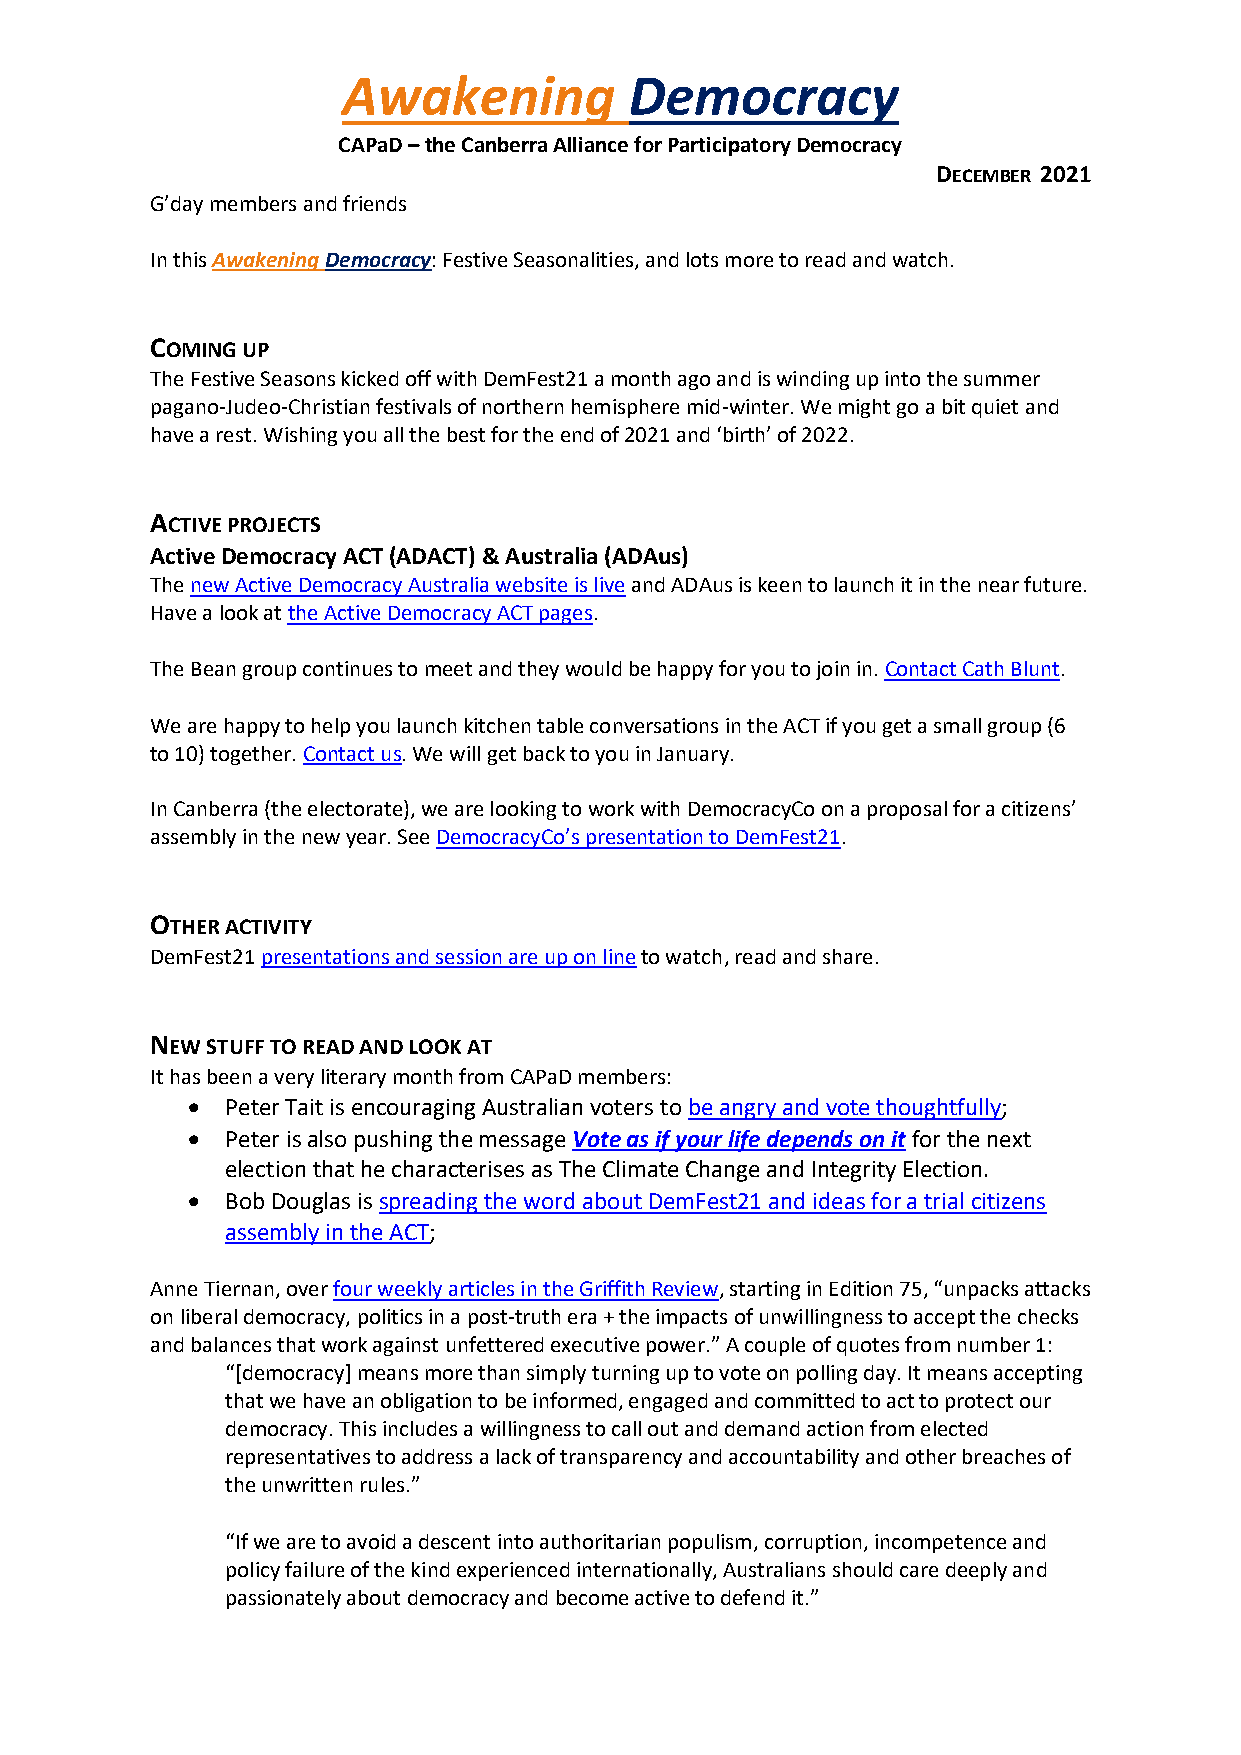
Awakening          Democracy
 CAPaD – the Canberra Alliance for Participatory Democracy
 DECEMBER 2021
 G’day members and friends
 In this Awakening Democracy: Festive Seasonalities, and lots more to read and watch.
 COMING UP
 The Festive Seasons kicked off with DemFest21 a month ago and is winding up into the summer
 pagano-Judeo-Christian festivals of northern hemisphere mid-winter. We might go a bit quiet and
 have a rest. Wishing you all the best for the end of 2021 and ‘birth’ of 2022.
 ACTIVE PROJECTS
 Active Democracy ACT (ADACT) & Australia (ADAus)
 The new Active Democracy Australia website is live and ADAus is keen to launch it in the near future.
 Have a look at the Active Democracy ACT pages.
 The Bean group continues to meet and they would be happy for you to join in. Contact Cath Blunt.
 We are happy to help you launch kitchen table conversations in the ACT if you get a small group (6
 to 10) together. Contact us. We will get back to you in January.
 In Canberra (the electorate), we are looking to work with DemocracyCo on a proposal for a citizens’
 assembly in the new year. See DemocracyCo’s presentation to DemFest21.
 OTHER ACTIVITY
 DemFest21 presentations and session are up on line to watch, read and share.
 NEW STUFF TO READ AND LOOK AT
 It has been a very literary month from CAPaD members:
 •  Peter Tait is encouraging Australian voters to be angry and vote thoughtfully;
 •  Peter is also pushing the message Vote as if your life depends on it for the next
 election that he characterises as The Climate Change and Integrity Election.
 •  Bob Douglas is spreading the word about DemFest21 and ideas for a trial citizens
 assembly in the ACT;
 Anne Tiernan, over four weekly articles in the Griffith Review, starting in Edition 75, “unpacks attacks
 on liberal democracy, politics in a post-truth era + the impacts of unwillingness to accept the checks
 and balances that work against unfettered executive power.” A couple of quotes from number 1:
 “[democracy] means more than simply turning up to vote on polling day. It means accepting
 that we have an obligation to be informed, engaged and committed to act to protect our
 democracy. This includes a willingness to call out and demand action from elected
 representatives to address a lack of transparency and accountability and other breaches of
 the unwritten rules.”
 “If we are to avoid a descent into authoritarian populism, corruption, incompetence and
 policy failure of the kind experienced internationally, Australians should care deeply and
 passionately about democracy and become active to defend it.”